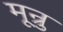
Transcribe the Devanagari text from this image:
मून्रु